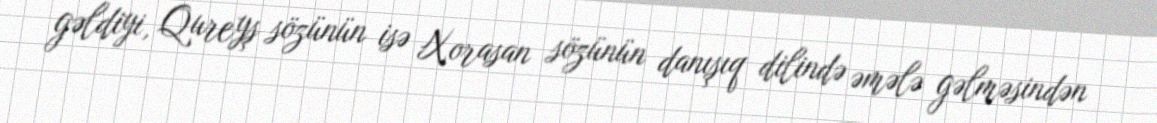
gəldiyi, Qureyş sözünün isə Xorasan sözünün danışıq dilində əmələ gəlməsindən